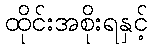
ထိုင်းအစိုးရနှင့်